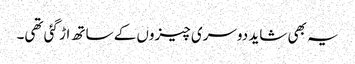
یہ بھی شاید دوسری چیزوں کے ساتھ اڑ گئی تھی۔